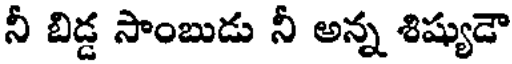
నీ బిడ్డ సాంబుడు నీ అన్న శిష్యుడౌ